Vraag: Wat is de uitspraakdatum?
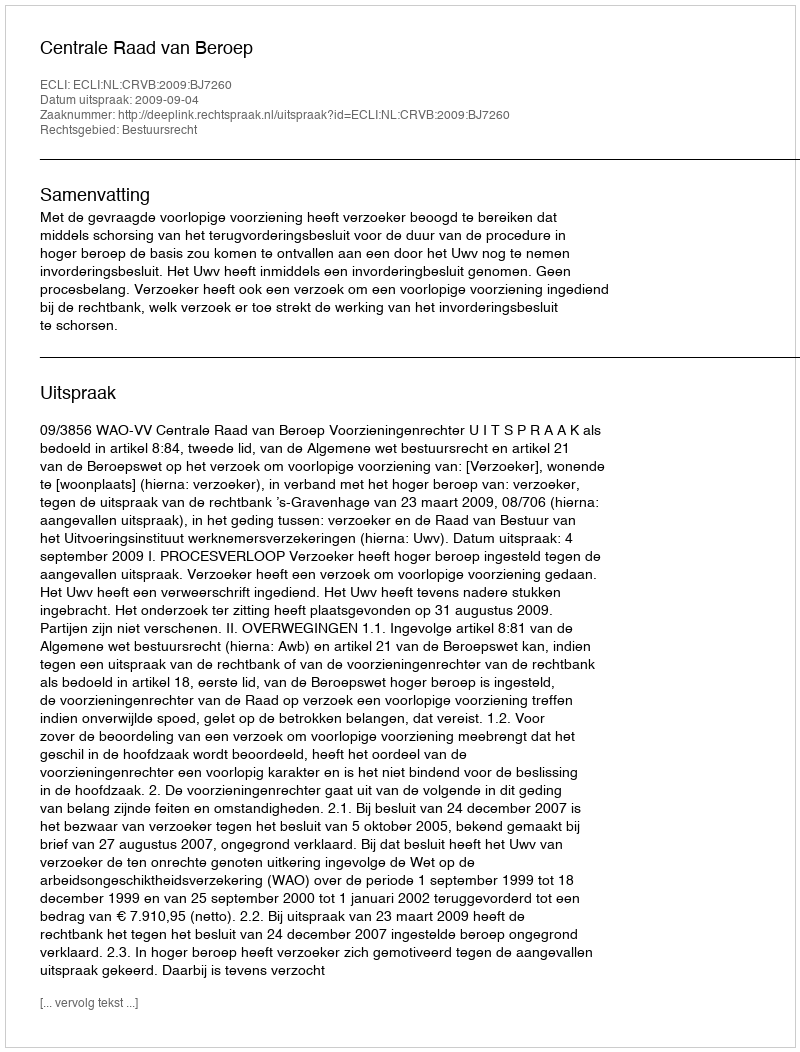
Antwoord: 2009-09-04